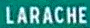
LARACHE